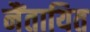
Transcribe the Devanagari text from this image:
नैंतायित